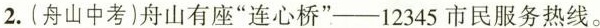
2.(舟山中考)舟山有座”连心桥”--12345市民服务热线。